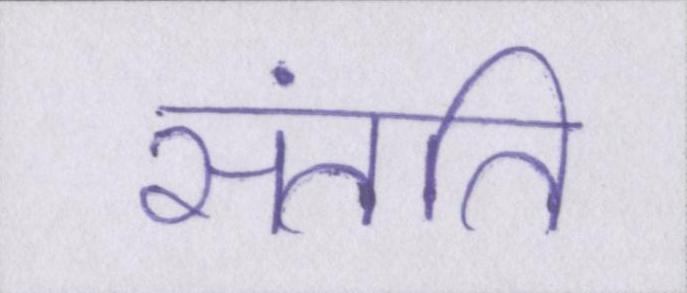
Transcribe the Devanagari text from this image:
संतति